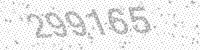
Solution: 299165